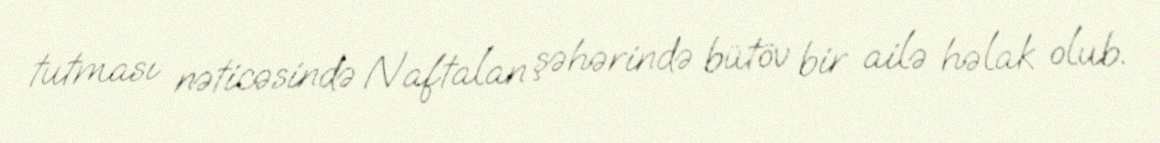
tutması nəticəsində Naftalan şəhərində bütöv bir ailə həlak olub.